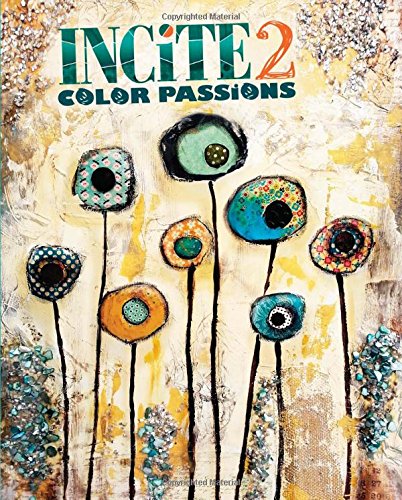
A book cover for Incite 2: Color Passions (Incite: The Best of Mixed Media); Crafts, Hobbies & Home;